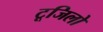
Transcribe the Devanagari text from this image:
टूजिलो